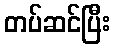
တပ်ဆင်ပြီး